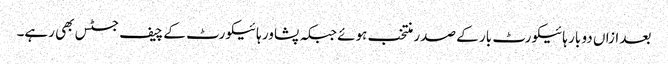
بعد ازاں دو بار ہائیکورٹ بار کے صدر منتخب ہوئے جبکہ پشاور ہائیکورٹ کے چیف جسٹس بھی رہے۔